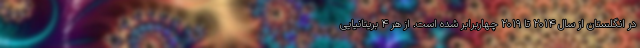
در انگلستان از سال ۲۰۱۴ تا ۲۰۱۹ چهاربرابر شده است. از هر ۴ بریتانیایی